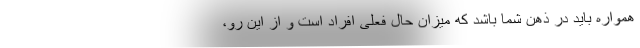
همواره باید در ذهن شما باشد که میزان حال فعلی افراد است و از این رو،